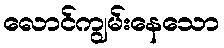
လောင်ကျွမ်းနေသော